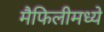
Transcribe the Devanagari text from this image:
मैफिलीमध्ये